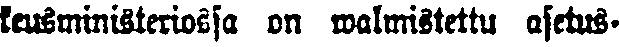
keusministeriossa on walmistettu asetus-